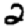
Digit: 2